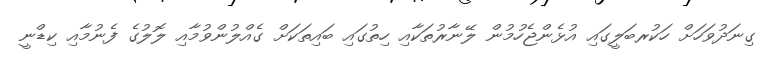
ގިނަދުވަހަށް ހަކުރބަލީގައި އުޅެންޖެހުމުން ލޭނާރުތަކާއި ހިތުގައި ބައިތަކަށް ގެއްލުންވުމާއި ލޮލުގެ ފެނުމާއި ކިޑްނީ